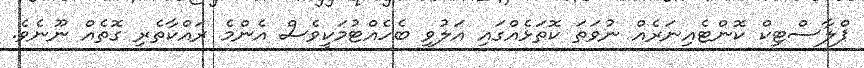
ޕްލާސްޓިކް ކޮންޓެއިނަރެއް ނުވަތަ ކޮތަޅެއްގައި އަލުވި ބެހެއްޓުމަކީވެސް އެންމެ ރައްކާތެރި ގޮތެއް ނޫނެވެ.